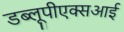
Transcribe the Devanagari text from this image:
डब्लूपीएक्सआई